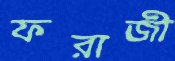
ফরাজী